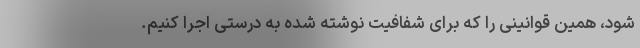
شود، همین قوانینی را که برای شفافیت نوشته شده به درستی اجرا کنیم.